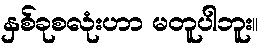
နှစ်ခုစလုံးဟာ မတူပါဘူး။